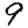
Digit: 9